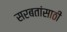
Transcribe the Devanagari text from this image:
सरबतांसाठी